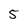
Character: 5